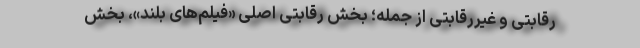
رقابتی و غیررقابتی از جمله؛ بخش رقابتی اصلی «فیلم‌های بلند»، بخش